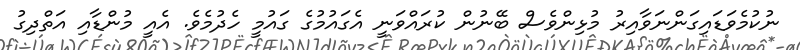
ނުކުމެވަޑައިގަންނަވާއިރު މުޅިންވެސް ބޭނުން ކުރައްވަނީ އެގައުމުގެ ގައުމީ ހެދުމެވެ. އެއީ މުންޑާއި އަތްދިގު